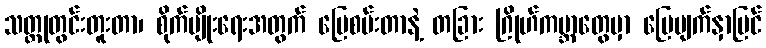
သတ္ထုတွင်းတူးတာ၊ စိုက်ပျိုးရေးအတွက် မြေစမ်းတာနဲ့ တခြား ဂြိုဟ်ကမ္ဘာတွေမှာ မြေမျက်နှာပြင်